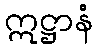
ဣဋ္ဌာနံ